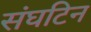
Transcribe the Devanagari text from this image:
संघटिन